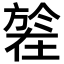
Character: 𣄒